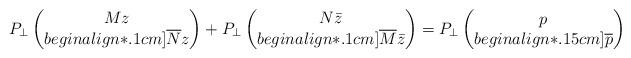
LaTeX: \begin{align*}P_{\perp} \begin{pmatrix} Mz \\begin{align*}.1cm] \overline{N}z \end{pmatrix} + P_{\perp}\begin{pmatrix} N \bar{z} \\begin{align*}.1cm] \overline{M} \bar{z} \end{pmatrix} = P_{\perp}\begin{pmatrix} p \\begin{align*}.15cm] \overline{p} \end{pmatrix}\end{align*}